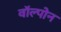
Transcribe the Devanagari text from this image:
वॉल्पोन